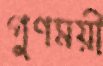
গুণময়ী